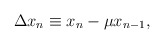
\begin{align*}\Delta x_n\equiv x_n-\mu x_{n-1}, \end{align*}